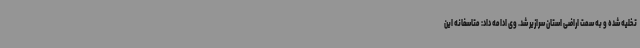
تخلیه شده و به سمت اراضی استان سرازیر شد. وی ادامه داد: متاسفانه این